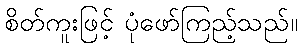
စိတ်ကူးဖြင့် ပုံဖော်ကြည့်သည်။